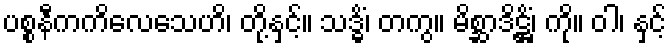
ပစ္စနီကကိလေသေဟိ၊ တို့နှင့်။ သဒ္ဓိံ၊ တကွ။ မိစ္ဆာဒိဋ္ဌိံ၊ ကို။ ဝါ၊ နှင့်